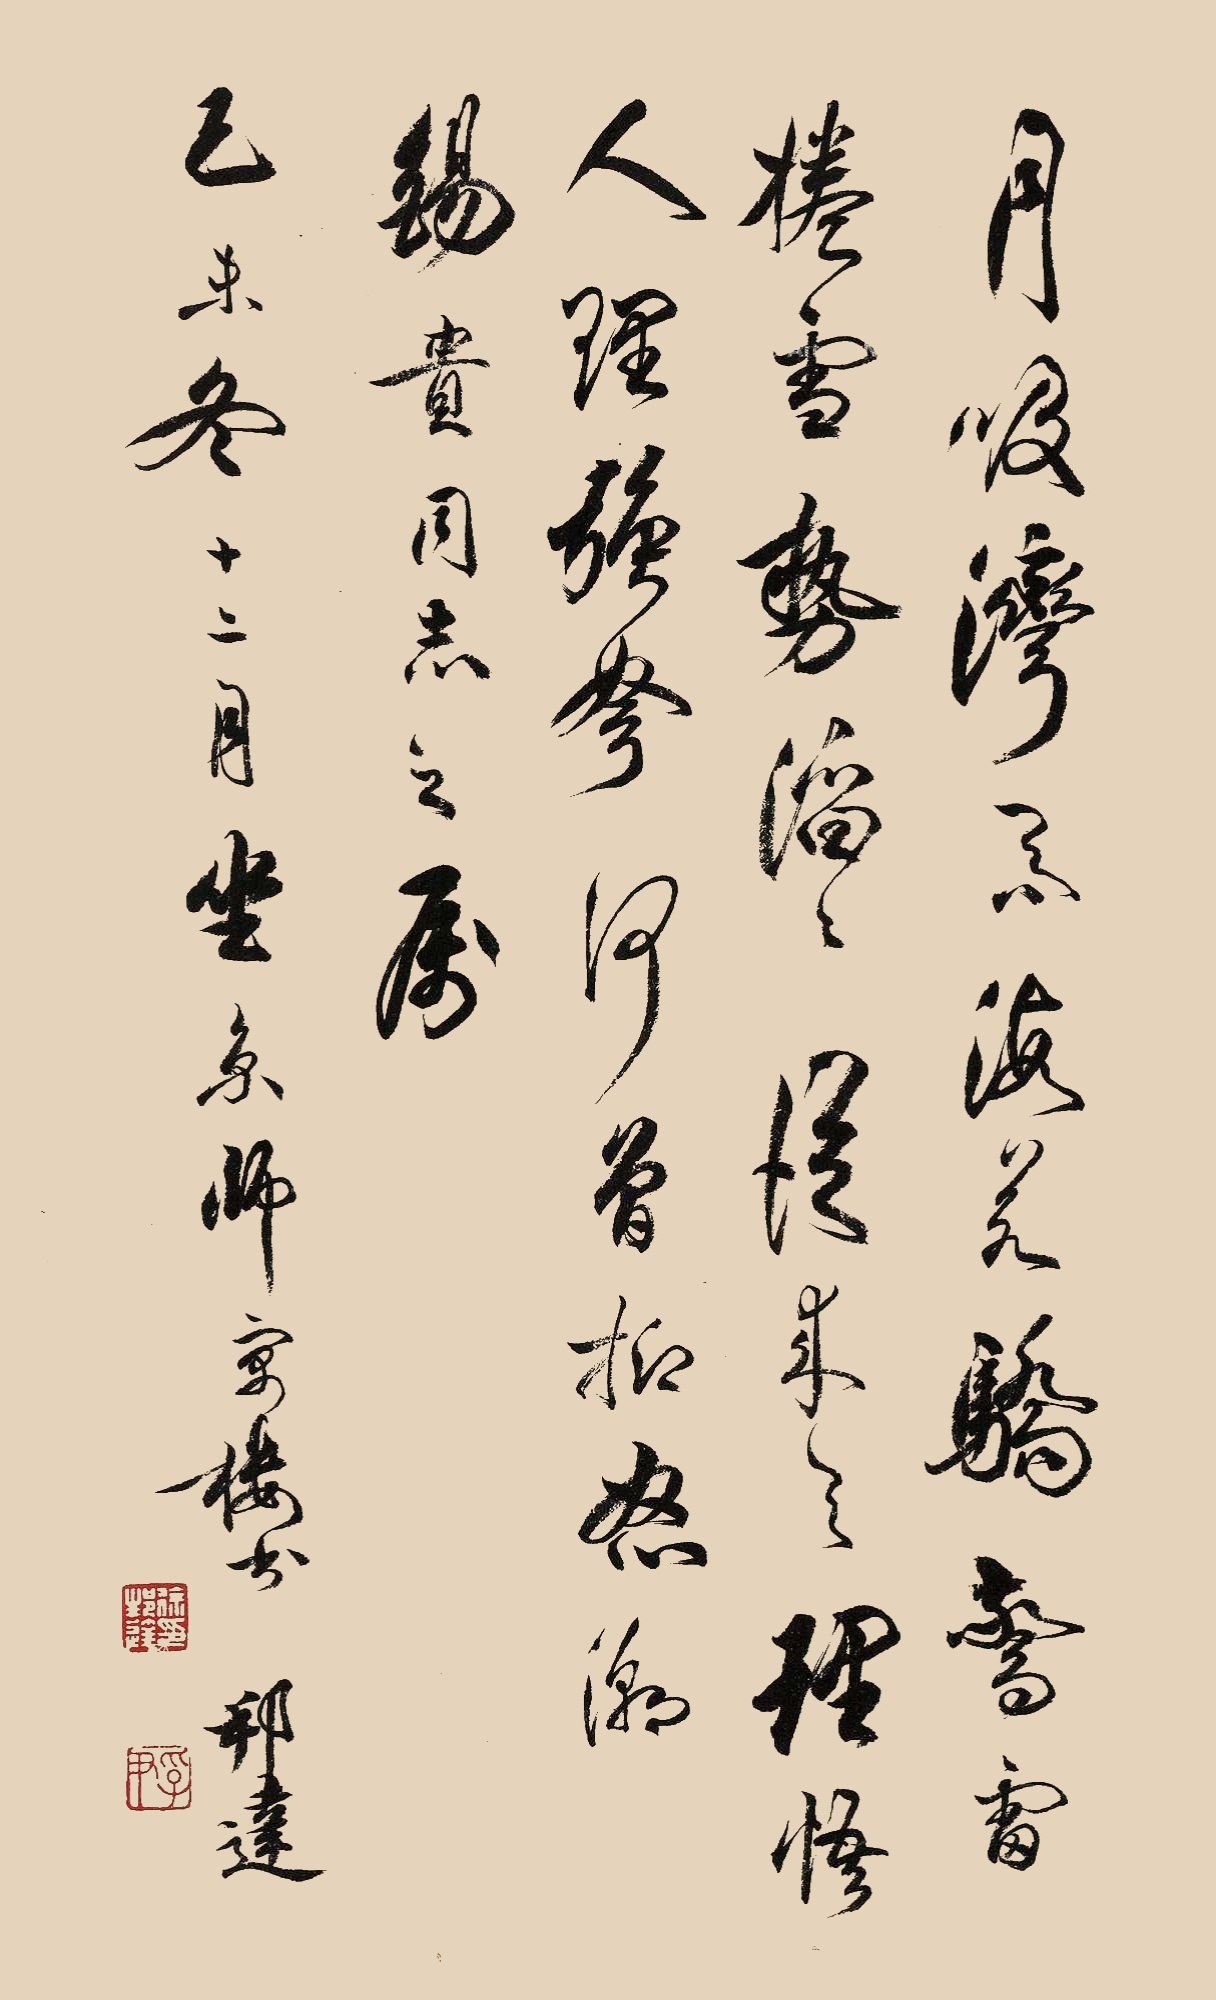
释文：月吸湾吞海若骄，惊雷卷雪势滔滔。从来天理悟人理，强弩何曾抑怒潮。锡贵同志之属，己未冬十二月坐京师寓楼书，邦达。